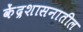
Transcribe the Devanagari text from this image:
केंद्रशासनातील